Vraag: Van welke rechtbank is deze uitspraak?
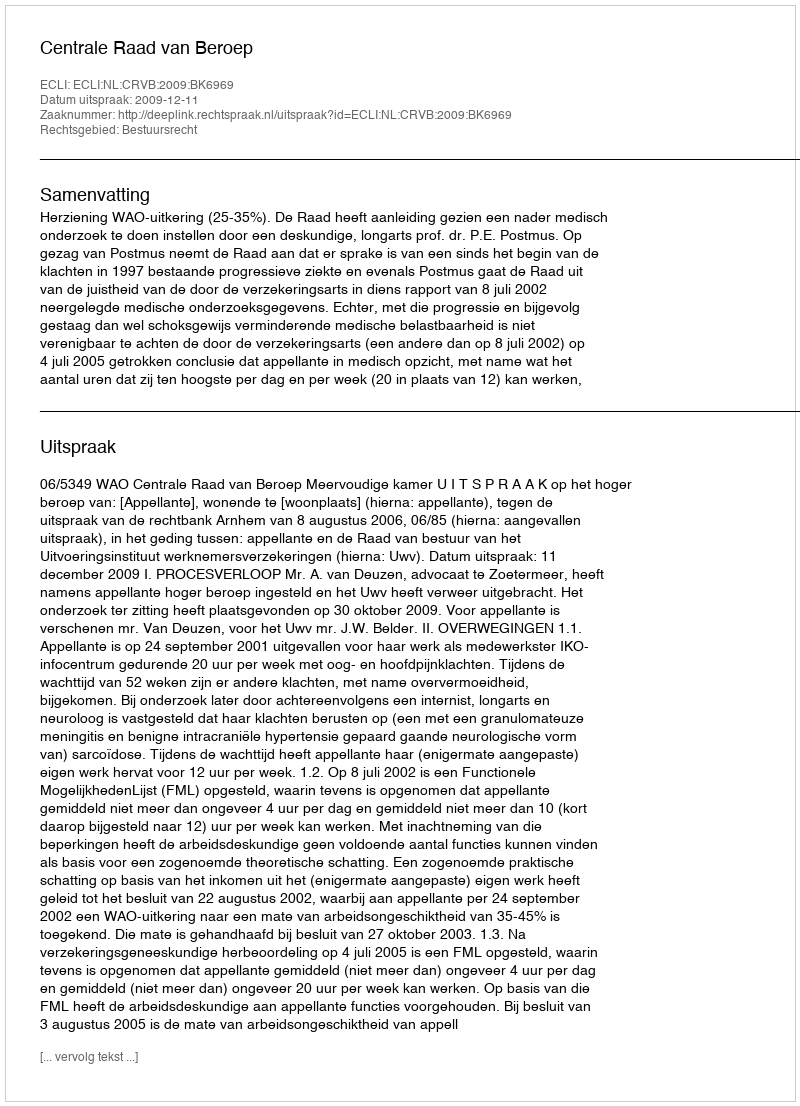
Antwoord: Centrale Raad van Beroep